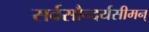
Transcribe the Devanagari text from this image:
सर्वसौन्दर्यसीमन्